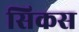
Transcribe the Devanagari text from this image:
सिकस